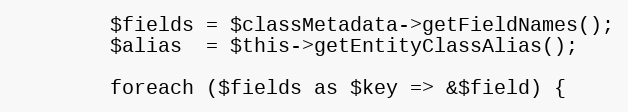
Language: PHP
        $fields = $classMetadata->getFieldNames();
        $alias  = $this->getEntityClassAlias();

        foreach ($fields as $key => &$field) {